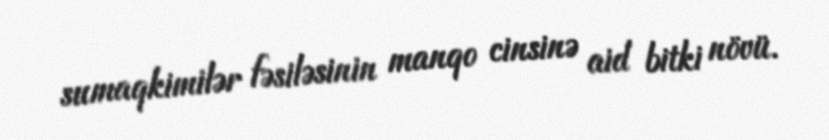
sumaqkimilər fəsiləsinin manqo cinsinə aid bitki növü.